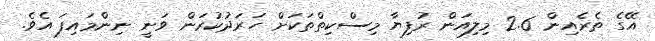
އޭގެ ތެރެއިން 2.6 މިލިއަން ރުފިޔާ މިސްކިތްތަކަށް ހަރަދުކުރަން ވަނީ ނިންމައިފަ އެވެ.